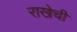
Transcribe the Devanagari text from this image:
राखेची